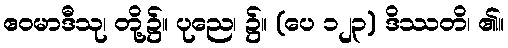
ဧဝမာဒီသု၊ တို့၌။ ပုညေ၊ ၌။ (ပေ ၁၂၃) ဒိဿတိ၊ ၏။